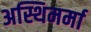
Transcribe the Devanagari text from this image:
अस्थिमर्मा